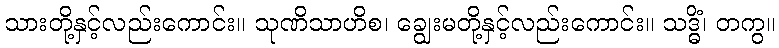
သားတို့နှင့်လည်းကောင်း။ သုဏိသာဟိစ၊ ချွေးမတို့နှင့်လည်းကောင်း။ သဒ္ဓိံ၊ တကွ။